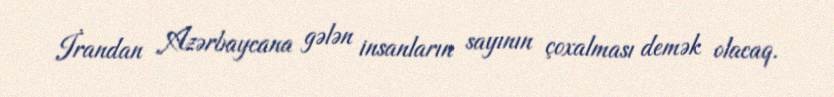
İrandan Azərbaycana gələn insanların sayının çoxalması demək olacaq.